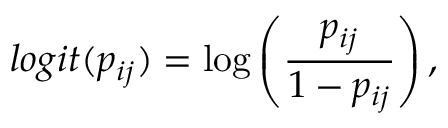
l o g i t ( p _ { i j } ) = \log \left( \frac { p _ { i j } } { 1 - p _ { i j } } \right) ,